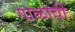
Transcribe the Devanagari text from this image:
गाळावी